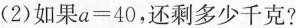
(2)如果$$a=40$$，还剩多少千克?